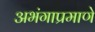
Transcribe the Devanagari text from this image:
अभंगाप्रमाणे